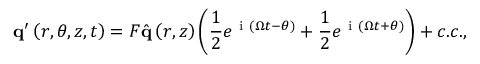
\mathbf { q } ^ { \prime } \left( r , \theta , z , t \right) = F \hat { \mathbf { q } } \left( r , z \right) \left( \frac { 1 } { 2 } e ^ { \mathrm { ~ i ~ } \left( \Omega t - \theta \right) } + \frac { 1 } { 2 } e ^ { \mathrm { ~ i ~ } \left( \Omega t + \theta \right) } \right) + c . c . ,